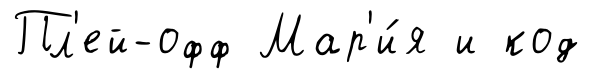
Пл'ей-офф Мар'и́я и код